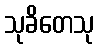
သုခိတေသု